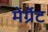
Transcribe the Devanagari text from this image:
मेर्ग्रेट